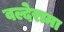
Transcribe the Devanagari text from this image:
वल्देरामा